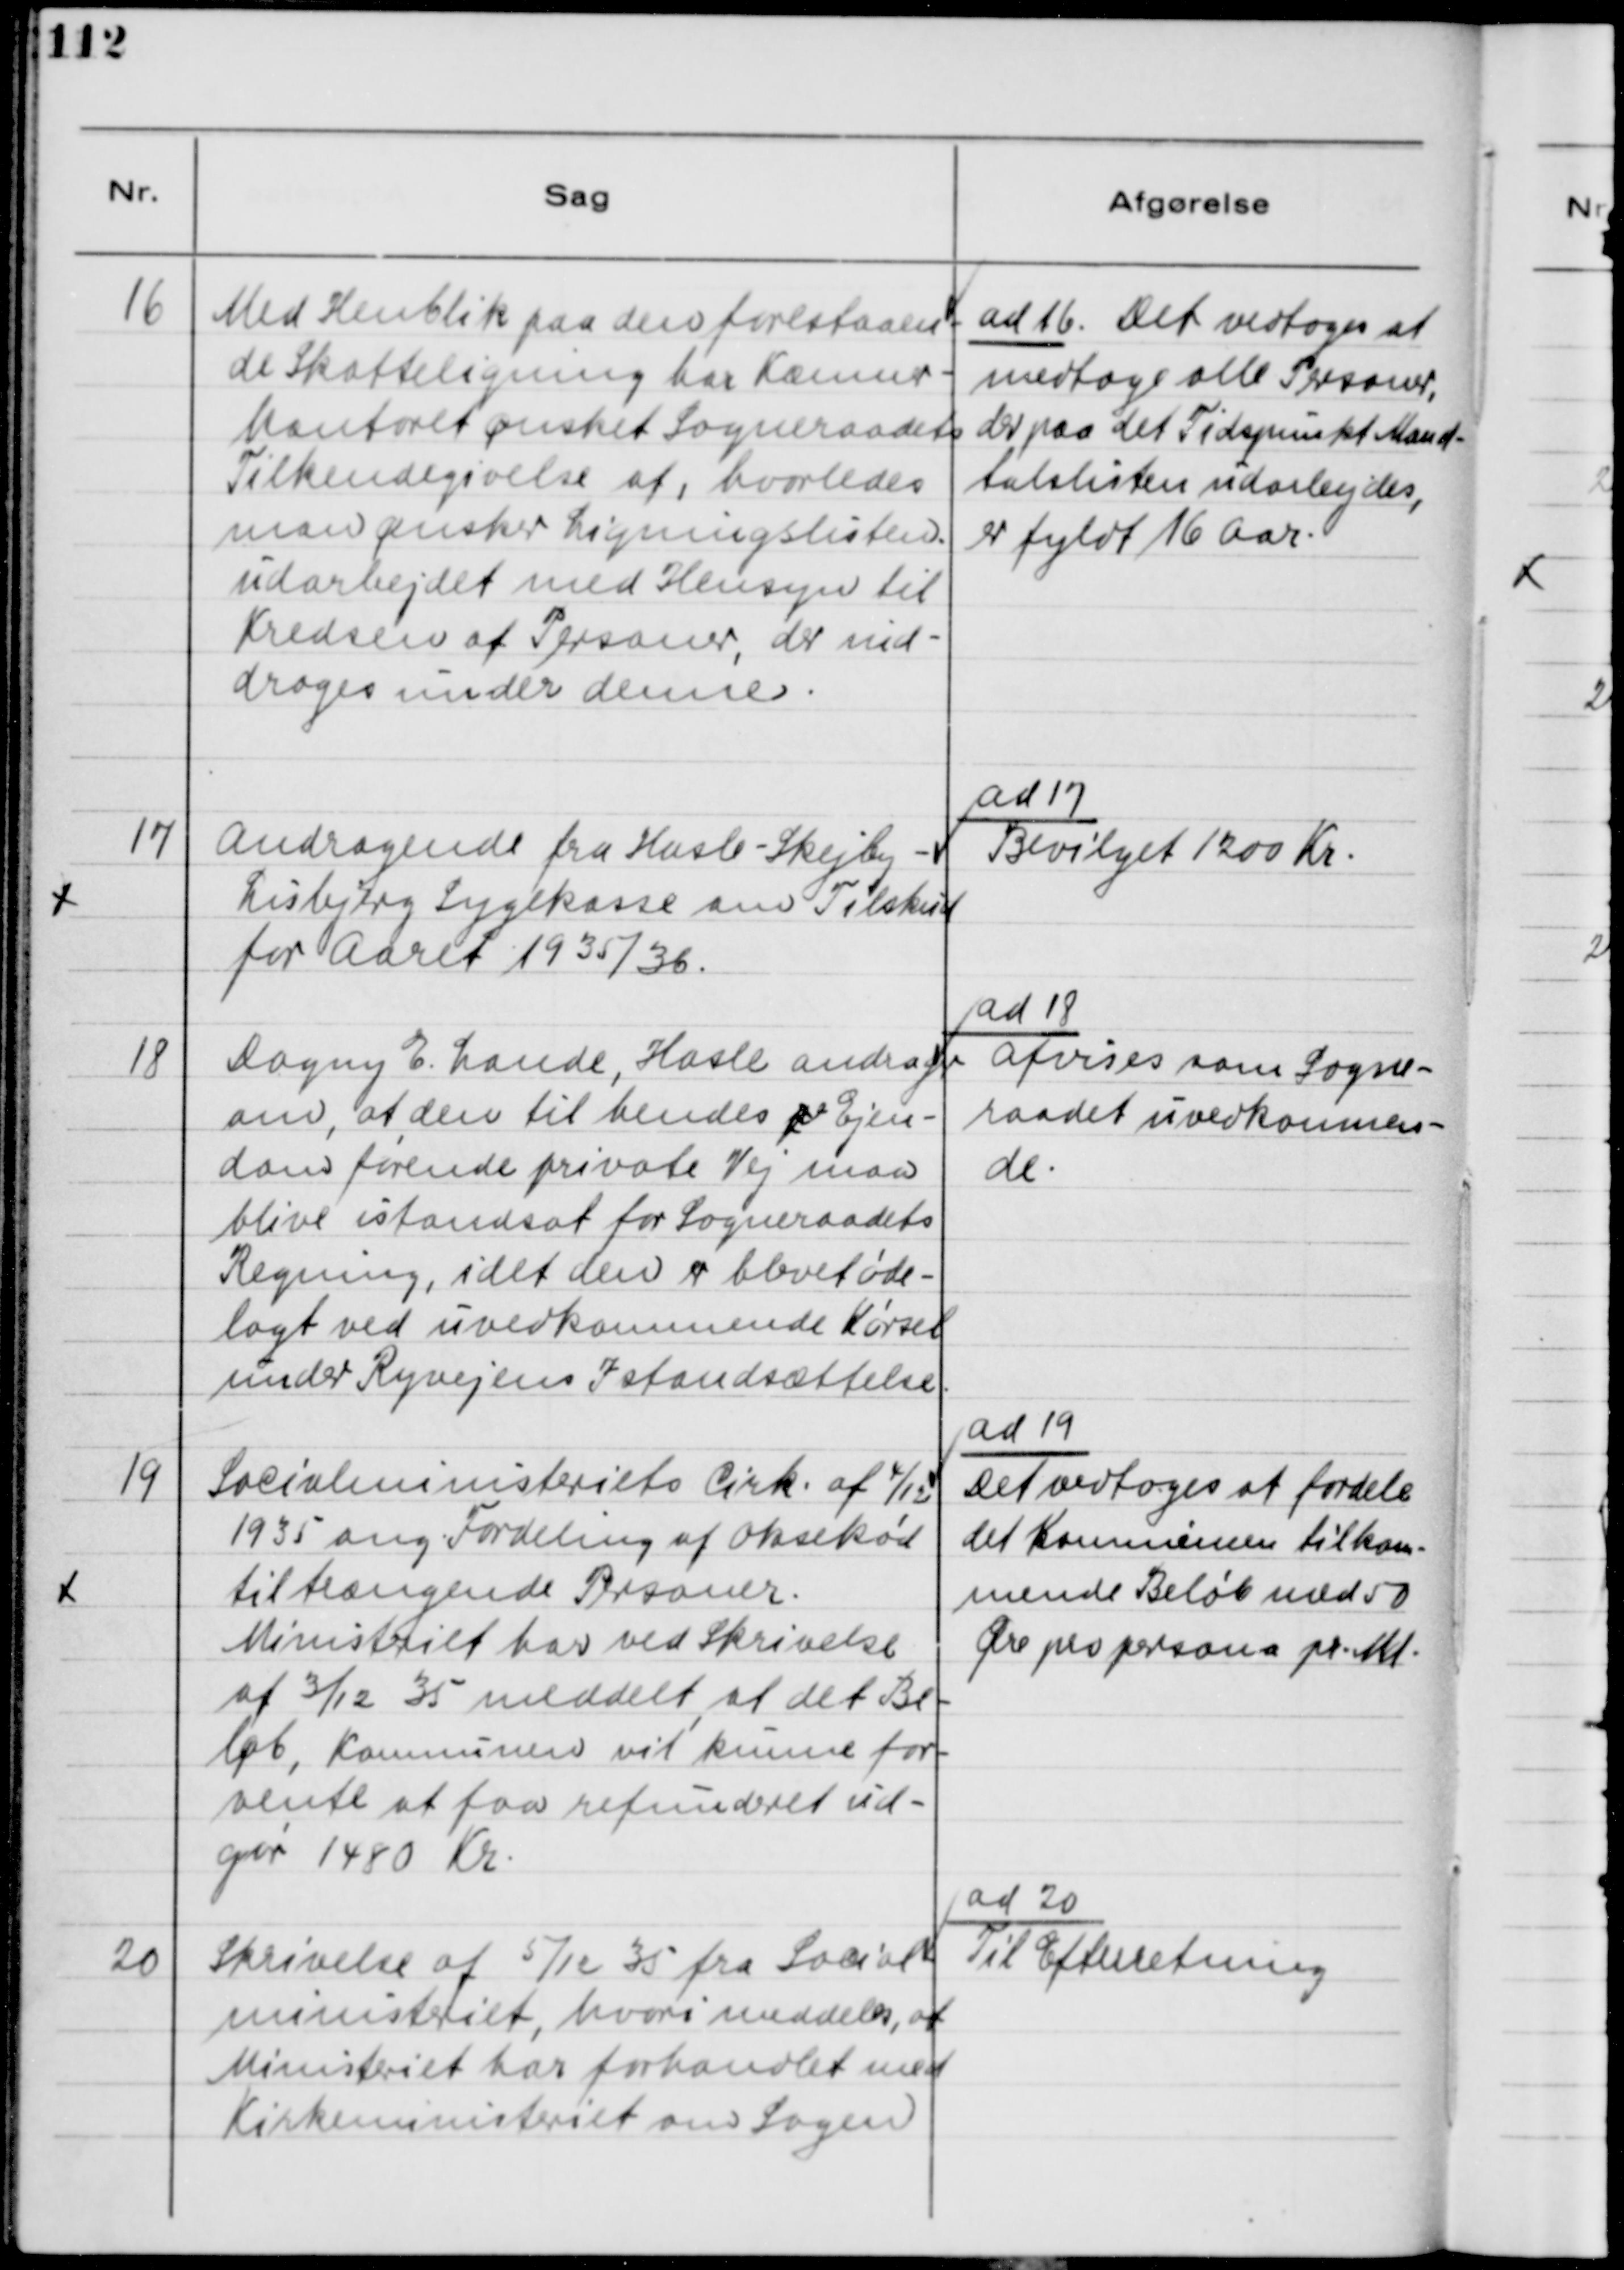
Transskription:
16
Med Henblik paa den forestaaen-
de Skatteligning har Kæmner-
kontoret ønsket Sogneraadets
Tilkendegivelse af, hvorledes
man ønsker Ligningslisten
udarbejdet med Hensyn til
Kredsen af Personer, der ind-
droges under denne.
ad 16 Det vedtoges at
medtage alle Perssoner,
der paa det Tidspunkt Mand-
talslisten udarbejdes,
er fyldt 16 Aar.
17
Andragende fra Hasle-Skejby-
Lisbjerg Sygekasse om Tilskud
for Aaret 1935/36.
ad17
Bevilget 1200 Kr.
18
Dagny E. Lande, Hasle andrager
om, at den til hendes pe Ejen-
doms førende private Vej maa
blive istandsat for Sogneraadets
Regning, idet den er blevet øde-
lagt ved uvedkommende Kørsel
under Ryvejens Istandsættelse.
ad 18
Afvises som Sogne-
raadet uvedkommen-
de.
19
Socialministeriets Cirk. af 4/12
1935 ang. Fordeling af Oksekød
til trængende Personer.
Ministeriet har ved Skrivelse
af 3/12 35 meddelt at det Be-
løb, Kommunen vil kunne for-
vente at faa refunderet ud-
gør 1480 Kr.
ad 19
Det vedtoges at fordele
det Kommunen tilkom-
mende Beløb med 50
Øre pro persona pr. Md.
20
Skrivelse af 5/12 35 fra Social-
ministeriet, hvori meddeles, at
Ministeriet har forhandlet med
Kirkeministeriet om Sagen.
ad 20
Til Efterretning